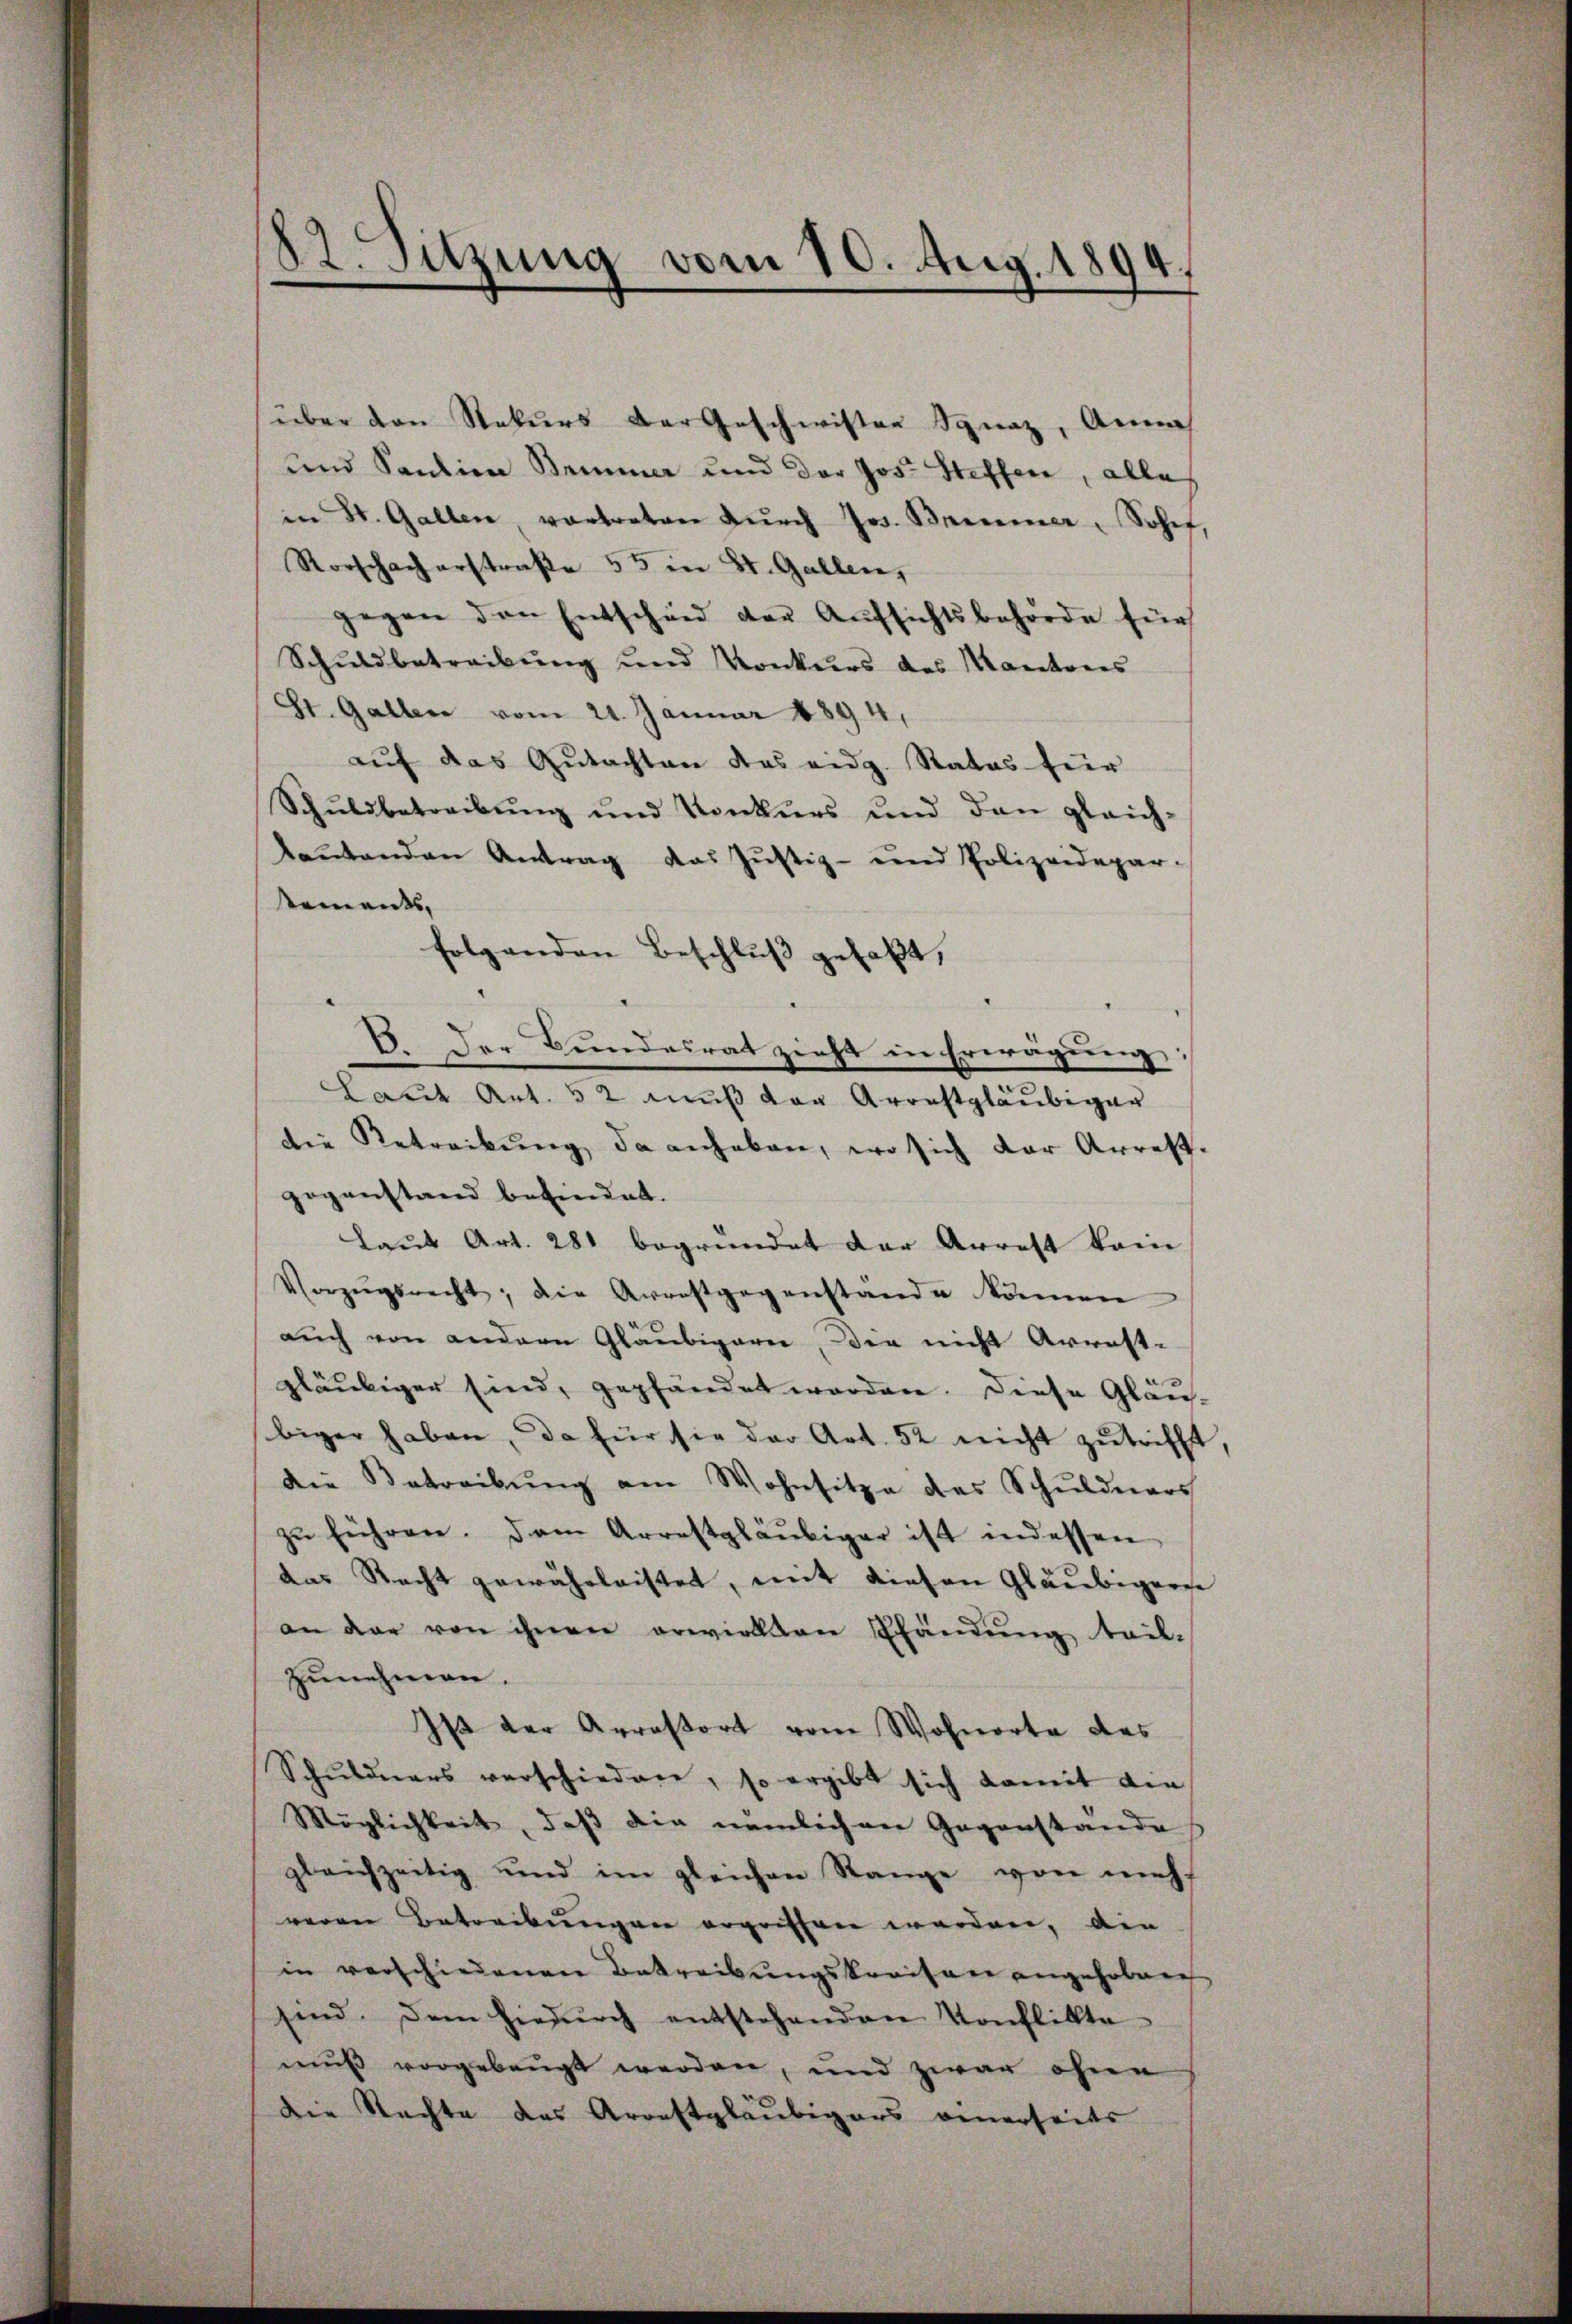
82. Sitzung vom 10. Aug. 1894.

und Sention Semmer und der Jos. Steffen, alle
in St. Gallen, vortreten durch Jos. Baumer, Sohef,
Rorschach erstraße 55 in St. Gallen,
gegen den Entscheid der Aŭfsichtsbehörde für
Schuldbetreibung und Konkurs des Kantons
St. Gallen vom 24. Januar 1894.
auf das Gutachten das eidg. Rates für
Schŭldbetreibŭng und Konkurs und den gleich-
lautenden Antrag das Justiz- und Polizeidepar-
sements,
folgenden Beschluß gefaßt,
B. Der Bundesrat zieht in Erwägung
Laut Art. 52 muß von Arrestgläubiger
die Retreibung da anheben, wo sich der Arrest.
gegenstand befindet.
laŭt Art. 281 begründet der Arrest kein
Vorzugsrecht, die Arrestgegenstände können
auch von andern Gläubigerei, die nicht Arrest-
gläubiger sind, gepfändet worden. Diese Gläu-
biger haben, da für sie der Art. 52 nicht zutrifft,
die Betreibŭng am Wohnsitze des Schŭldners
zŭ führen. Den Arrestgläubiger ist indessen
das Recht gewährleistet, mit diesen Gläubigern
an der von ihnen erwiellen Pfändung tail-
zunehmen.
Ist der Arrestort vom Wohnorte des
Schuldners verschieden, so ergibt sich damit die
Möglichkeit, daß die nämlichen Gegenstande
gleichzeitig und im gleichen Range von mehr
reren Betreibungen ergriffen werden, die
in verschiedenen Betreibungskreisen angehoben
sind. Dem hiedŭrch entstehenden Konflikte-
muß vorgebeugt werden, und zwar ohne
die Stachte das Arrestgläubigers denerseits

über den Rekurs der Geschwister Ignaz, Annah